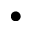
^ { \bullet }